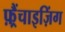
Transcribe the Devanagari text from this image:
फ़्रैंचाइज़िंग